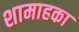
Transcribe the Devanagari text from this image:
शामाहका